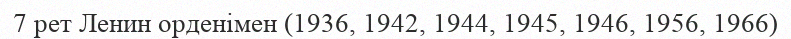
7 рет Ленин орденімен (1936, 1942, 1944, 1945, 1946, 1956, 1966)